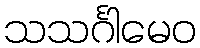
သသင်္ဂါမေဝ